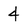
Character: 4